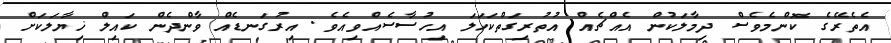
އެތެރޭގެ ކޮންމެވެސް ދިމާލަކުން އެއްޗެއް އުތުރިގަތްކަހަލަ އިހުސާސެއްވިއެވެ. އިރުގަނޑެއް ވާންދެން ކައިލް ޚިޔާލަކަށް